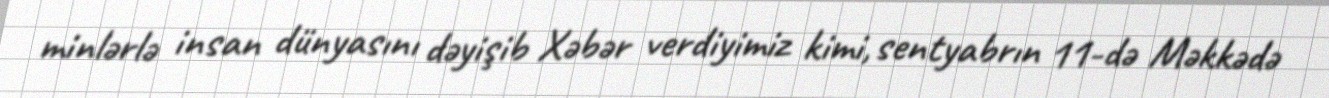
minlərlə insan dünyasını dəyişib Xəbər verdiyimiz kimi, sentyabrın 11-də Məkkədə